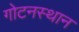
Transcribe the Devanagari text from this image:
गोटनस्थान